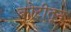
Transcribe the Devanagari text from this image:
कोटीतून